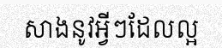
សាងនូវអ្វីៗដែលល្អ